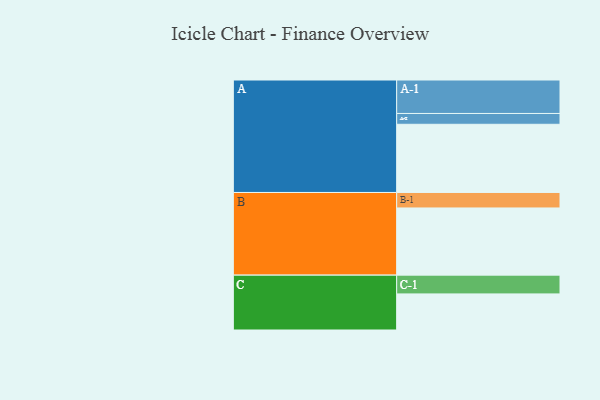
{"axis": {"x": "Segment", "y": "Value"}, "legend": ["", "A", "B", "C"], "data": [{"x": "A", "y": 599, "type": ""}, {"x": "B", "y": 590, "type": ""}, {"x": "C", "y": 317, "type": ""}, {"x": "A-1", "y": 294, "type": "A"}, {"x": "A-2", "y": 95, "type": "A"}, {"x": "B-1", "y": 136, "type": "B"}, {"x": "C-1", "y": 165, "type": "C"}]}